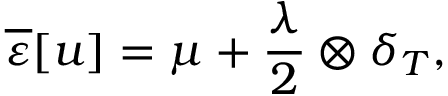
\overline { \varepsilon } [ u ] = \mu + \frac { \lambda } { 2 } \otimes \delta _ { T } ,